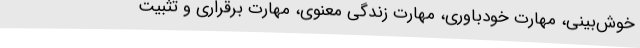
خوش‌بینی، مهارت خودباوری، مهارت زندگی معنوی، مهارت برقراری و تثبیت